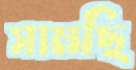
সামছি